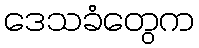
ဒေသခံတွေက